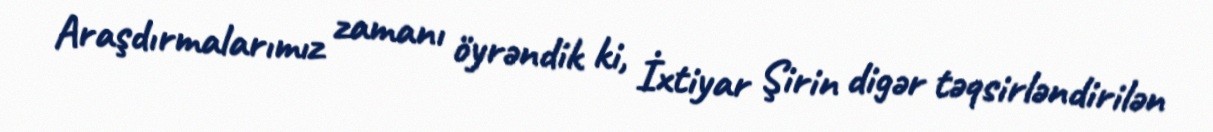
Araşdırmalarımız zamanı öyrəndik ki, İxtiyar Şirin digər təqsirləndirilən